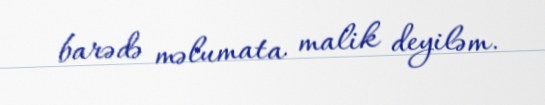
barədə məlumata malik deyiləm.